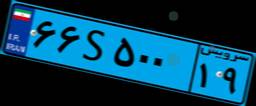
۶۶S۵۰۰۱۹